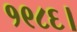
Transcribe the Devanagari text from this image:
१९८६।